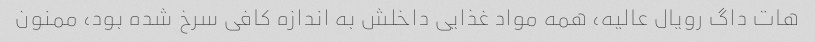
هات داگ رویال عالیه، همه مواد غذایی داخلش به اندازه کافی سرخ شده بود، ممنون